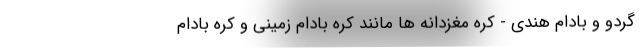
گردو و بادام هندی - کره مغزدانه ها مانند کره بادام زمینی و کره بادام